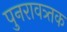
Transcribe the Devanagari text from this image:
पुनरावत्र्तक